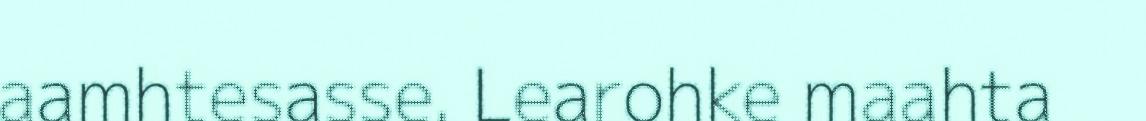
aamhtesasse. Learohke maahta